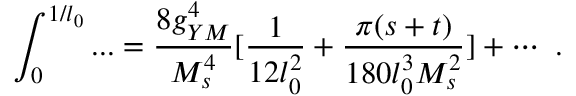
\int _ { 0 } ^ { 1 / l _ { 0 } } . . . = { \frac { 8 g _ { Y M } ^ { 4 } } { M _ { s } ^ { 4 } } } [ { \frac { 1 } { 1 2 l _ { 0 } ^ { 2 } } } + { \frac { \pi ( s + t ) } { 1 8 0 l _ { 0 } ^ { 3 } M _ { s } ^ { 2 } } } ] + \cdots \ .